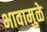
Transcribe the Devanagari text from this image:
भावामुळे